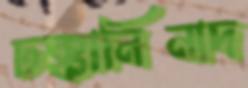
ঢক্কানিনাদ